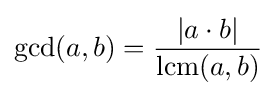
\gcd(a,b)={\frac {|a\cdot b|}{\operatorname {lcm} (a,b)}}